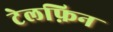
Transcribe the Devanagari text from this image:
टेलफ़िन